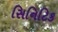
સિનિટિક